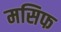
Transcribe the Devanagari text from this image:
मसिफ